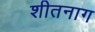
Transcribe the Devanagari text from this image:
शीतनाग